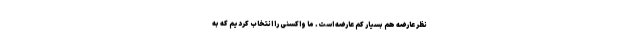
نظر عارضه هم بسیار کم عارضه است. ما واکسنی را انتخاب کردیم که به